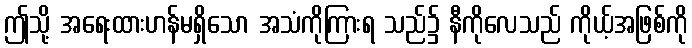
ဤသို့ အရေးထားဟန်မရှိသော အသံကိုကြားရ သည်၌ နီကိုလေသည် ကိုယ့်အဖြစ်ကို